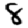
Digit: 8